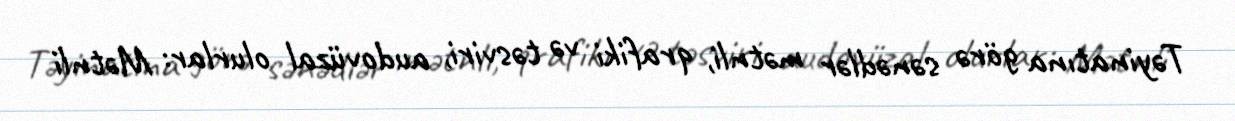
Təyinatına görə sənədlər mətnli, qrafiki və təsviri, audovüzal olurlar: Mətnli